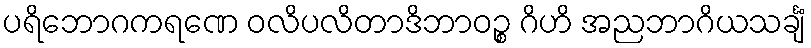
ပရိဘောဂကရဏေ ဝလိပလိတာဒိဘာဝဉ္စ ဂိဟိ အညဘာဂိယသင်္ချံ